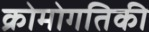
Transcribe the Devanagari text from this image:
क्रोमोगतिकी